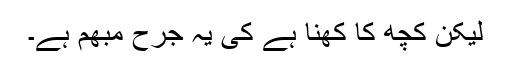
لیکن کچھ کا کھنا ہے کی یہ جرح مبھم ہے۔